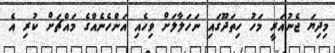
މިދިޔަ ޖެނުއަރީ މަހު ހިތަދޫގައި ނަހަލާލަށް ވިހެއި އަންހެނެއްގެ މައްޗަށް ކުރި އެ